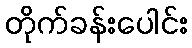
တိုက်ခန်းပေါင်း